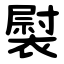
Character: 褽